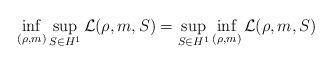
LaTeX: \begin{align*} \inf_{(\rho,m)}\sup_{S\in H^1}\mathcal L(\rho,m,S)=\sup_{S \in H^1}\inf_{(\rho,m)}\mathcal L(\rho,m,S) \end{align*}